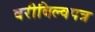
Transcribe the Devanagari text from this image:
वरीबिल्वपत्र